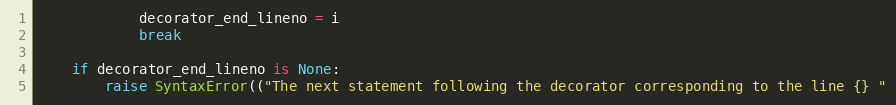
Language: Python
            decorator_end_lineno = i
            break

    if decorator_end_lineno is None:
        raise SyntaxError(("The next statement following the decorator corresponding to the line {} "